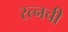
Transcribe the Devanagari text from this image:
रत्‍नची